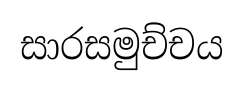
සාරසමුච්චය